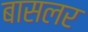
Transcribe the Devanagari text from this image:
बासलर